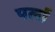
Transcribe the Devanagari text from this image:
पर्ला